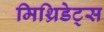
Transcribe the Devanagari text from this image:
मिथ्रिडेट्स